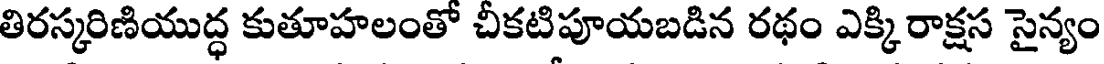
తిరస్కరిణియుద్ధ కుతూహలంతో చీకటిపూయబడిన రథం ఎక్కి రాక్షస సైన్యం